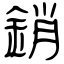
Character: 銷